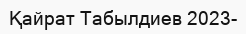
Қайрат Табылдиев 2023-